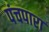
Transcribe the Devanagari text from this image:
पंचपारा